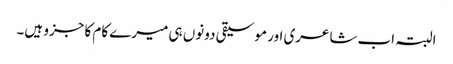
البتہ اب شاعری اور موسیقی دونوں ہی میرے کام کا جزو ہیں۔